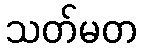
သတ်မတ